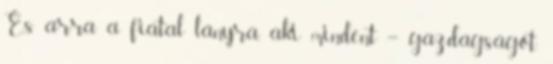
És arra a fiatal lányra, aki mindent – gazdagságot,